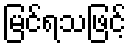
မြင်ရသဖြင့်